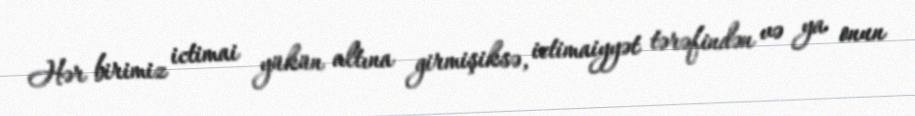
Hər birimiz ictimai yükün altına girmişiksə, ictimaiyyət tərəfindən və ya onun